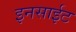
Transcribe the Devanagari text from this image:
इनसाईट